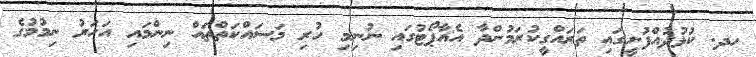
ހދ. ކުޅުދުއްފުށީގައި ތަރައްގީކުރަމުންދާ އެއާޕޯޓުގައި ނުނިމި ހުރި މަސައްކަތްތައް ނިންމައި އަހަރު ނިމުމުގެ